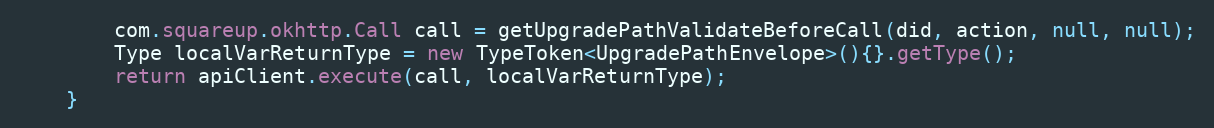
Language: Java
        com.squareup.okhttp.Call call = getUpgradePathValidateBeforeCall(did, action, null, null);
        Type localVarReturnType = new TypeToken<UpgradePathEnvelope>(){}.getType();
        return apiClient.execute(call, localVarReturnType);
    }